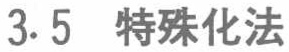
3.5 特殊化法